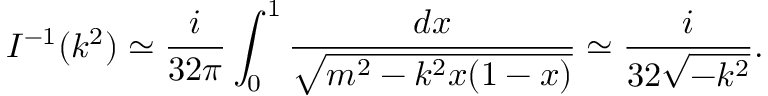
I ^ { - 1 } ( k ^ { 2 } ) \simeq \frac { i } { 3 2 \pi } \int _ { 0 } ^ { 1 } \frac { d x } { \sqrt { m ^ { 2 } - k ^ { 2 } x ( 1 - x ) } } \simeq \frac { i } { 3 2 \sqrt { - k ^ { 2 } } } .